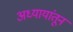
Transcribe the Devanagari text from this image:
अध्यायांतून